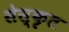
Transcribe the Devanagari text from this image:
सेस्कृत